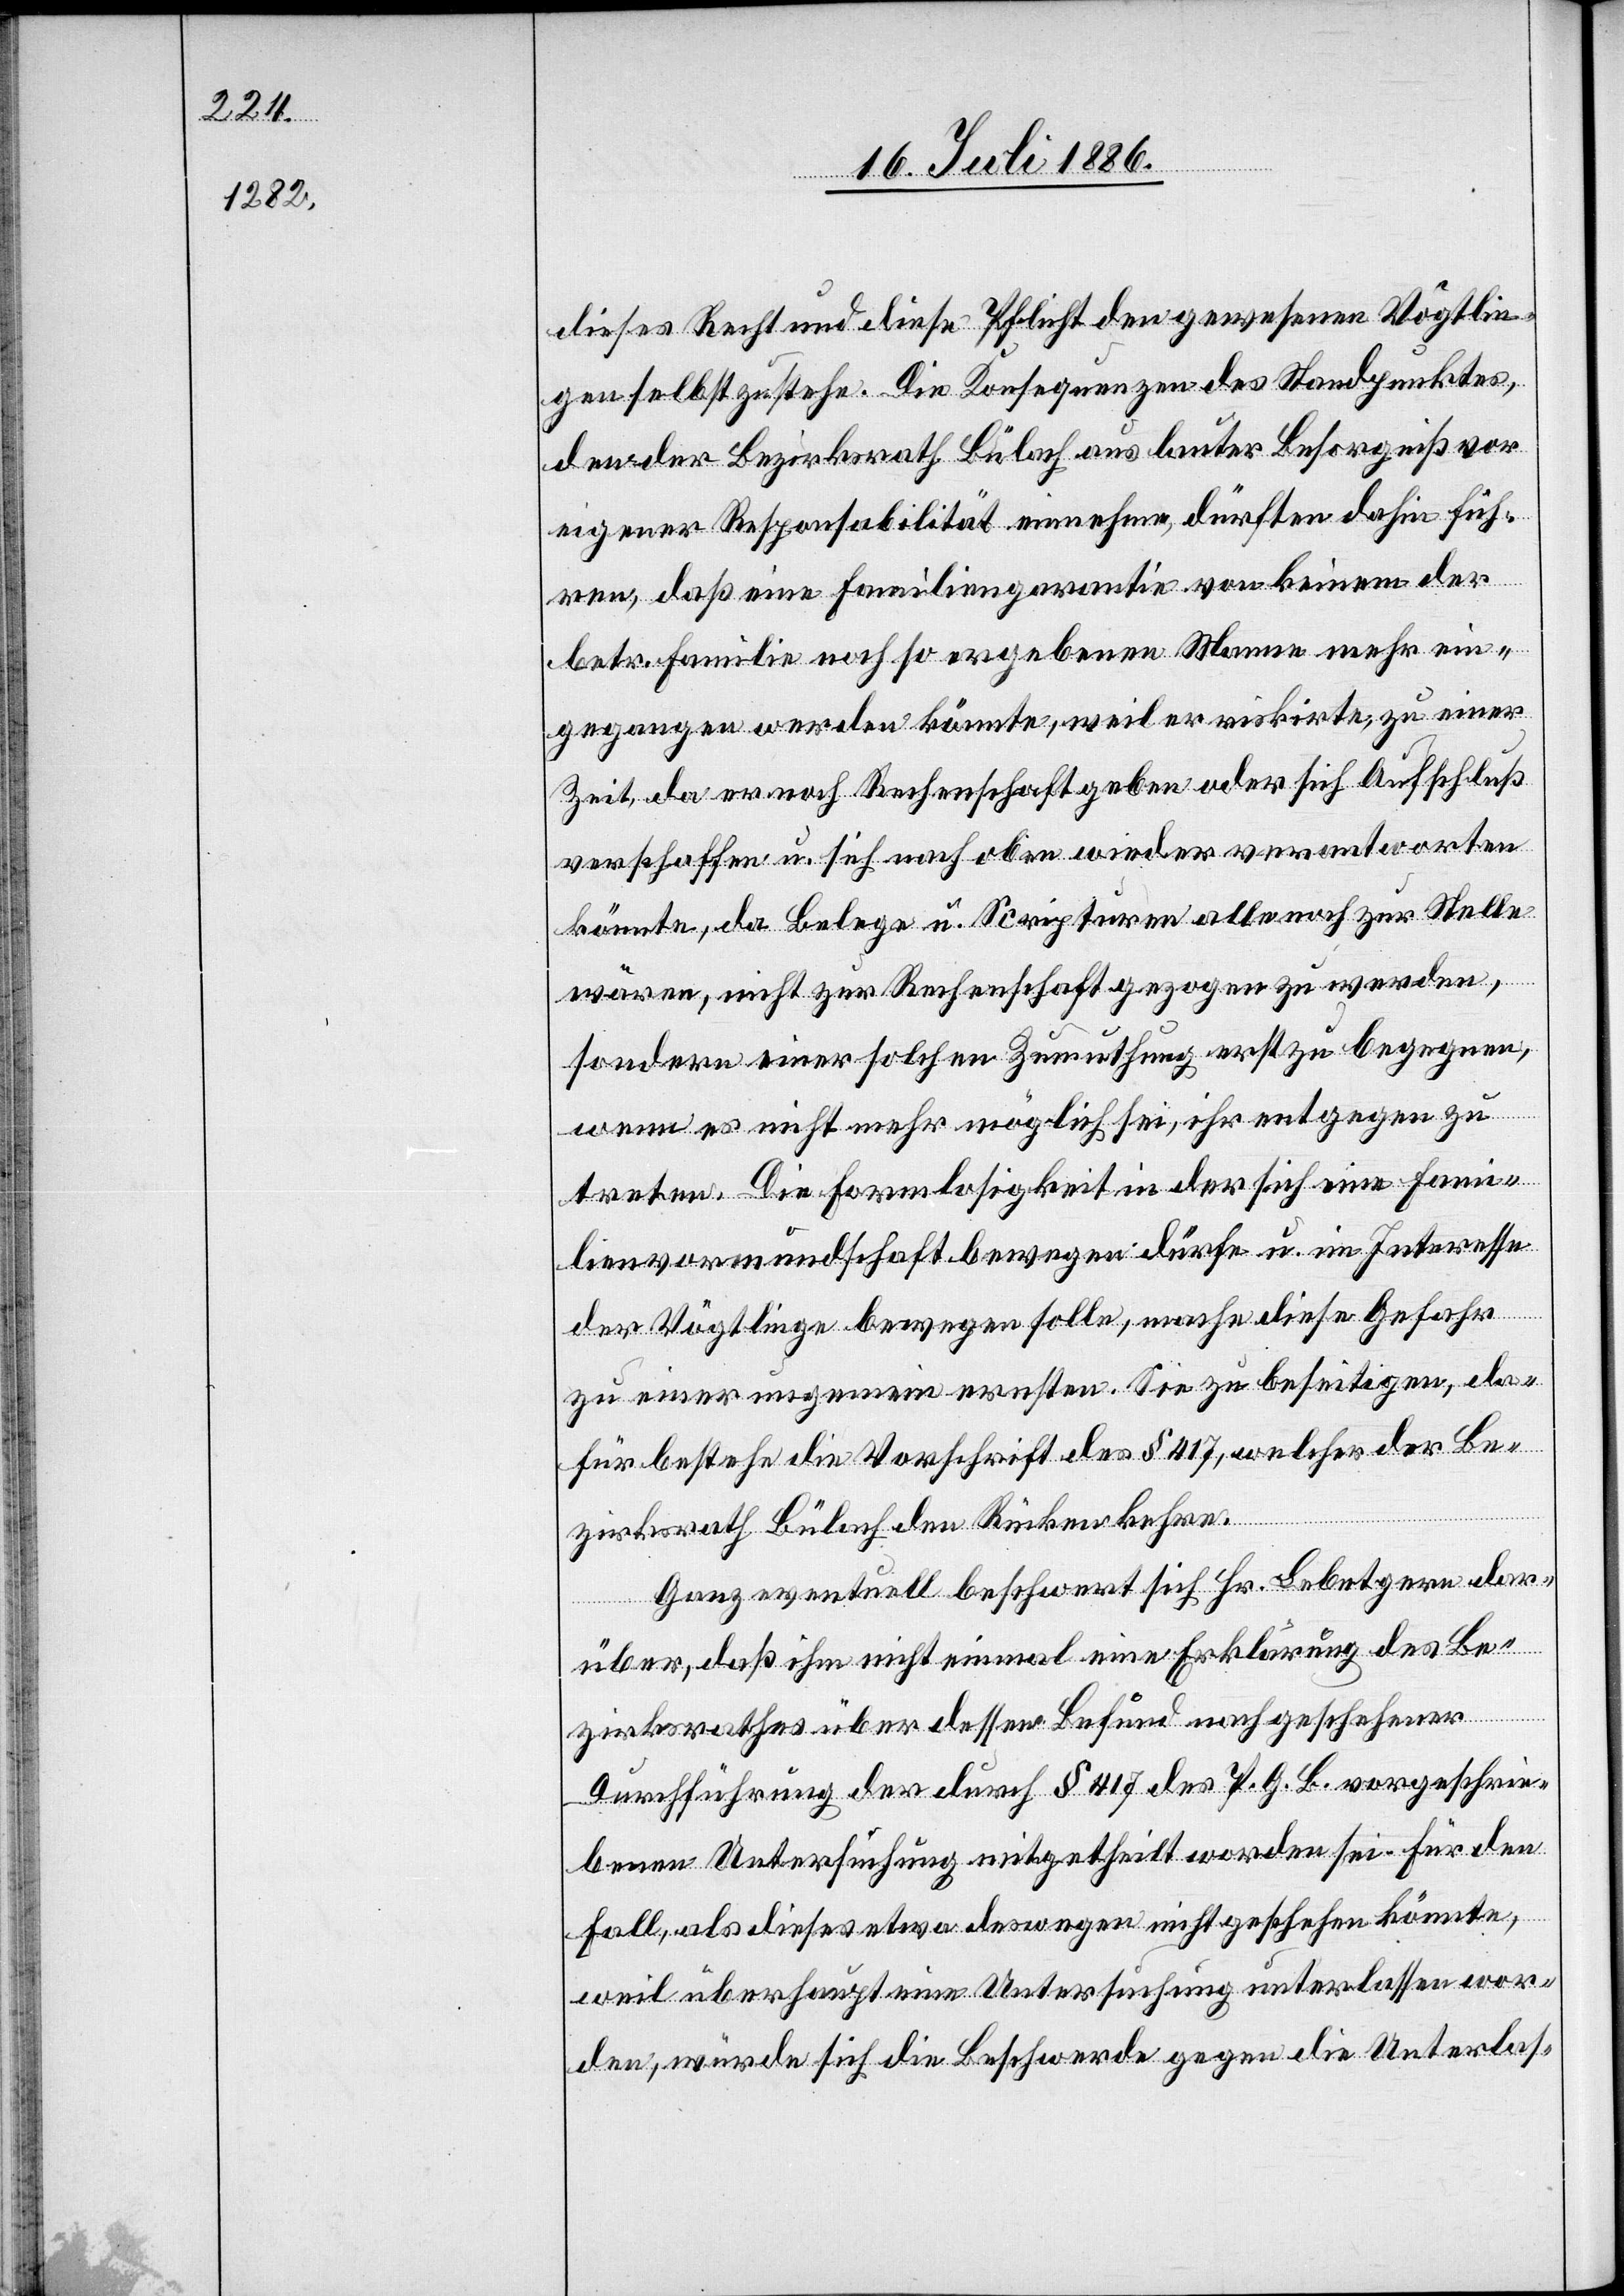
dieses Recht und diese Pflicht den gewesenen Vögtlin¬
gen selbst zustehe. Die Konsequenzen des Standpunktes
den der Bezirksrath Bülach aus lauter Besorgniß vor
einiger Responsabilität einnehme, dürften dahin füh¬
ren, daß eine Familiengarantie von keinem der
betr. Familie noch so ergebenen Manne mehr ein¬
gegangen werden könnte, weil er riskirte, zu einer
Zeit, da er noch Rechenschaft geben oder sich Aufschluß
verschaffen u. sich nach oben wieder verantworten
könne, da Belege u. Scripturen alle noch zur Stelle
wären, nicht zur Rechenschaft gezogen zu werden,
sondern einer solchen Zumuthung erst zu begegnen,
wenn es nicht mehr möglich sei, ihr entgegen zu
treten. Die Formlosigkeit in der sich eine Fami¬
lienvormundschaft bewegen dürfe u. im Interesse
der Vögtlinge bewegen solle, mache diese Gefahr
zu einer ungemein ernsten. Sie zu beseitigen, da¬
für bestehe die Vorschrift des § 417, welcher der Be¬
zirksrath Bülach den Rücken kehre.
Ganz eventuell beschwert sich Hr. Lebetgern dar¬
über, daß ihm nicht einmal eine Erklärung des Be¬
zirksrathes über dessen Befund nach geschehener
Durchführung der durch § 417 des P. G. B. vorgeschrie¬
benen Untersuchung mitgetheilt worden sei. Für den
Fall, als dieses etwa deswegen nicht geschehen könnte,
weil überhaupt eine Untersuchung unterlassen wor¬
den, würde sich die Beschwerde gegen die Unterlas-